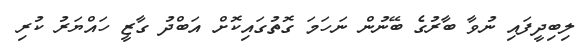
ލިބިދީފައި ނުވާ ބާރުގެ ބޭނުން ނަހަމަ ގޮތުގައިކޮށް އަބްދު ގާޒީ ހައްޔަރު ކުރި